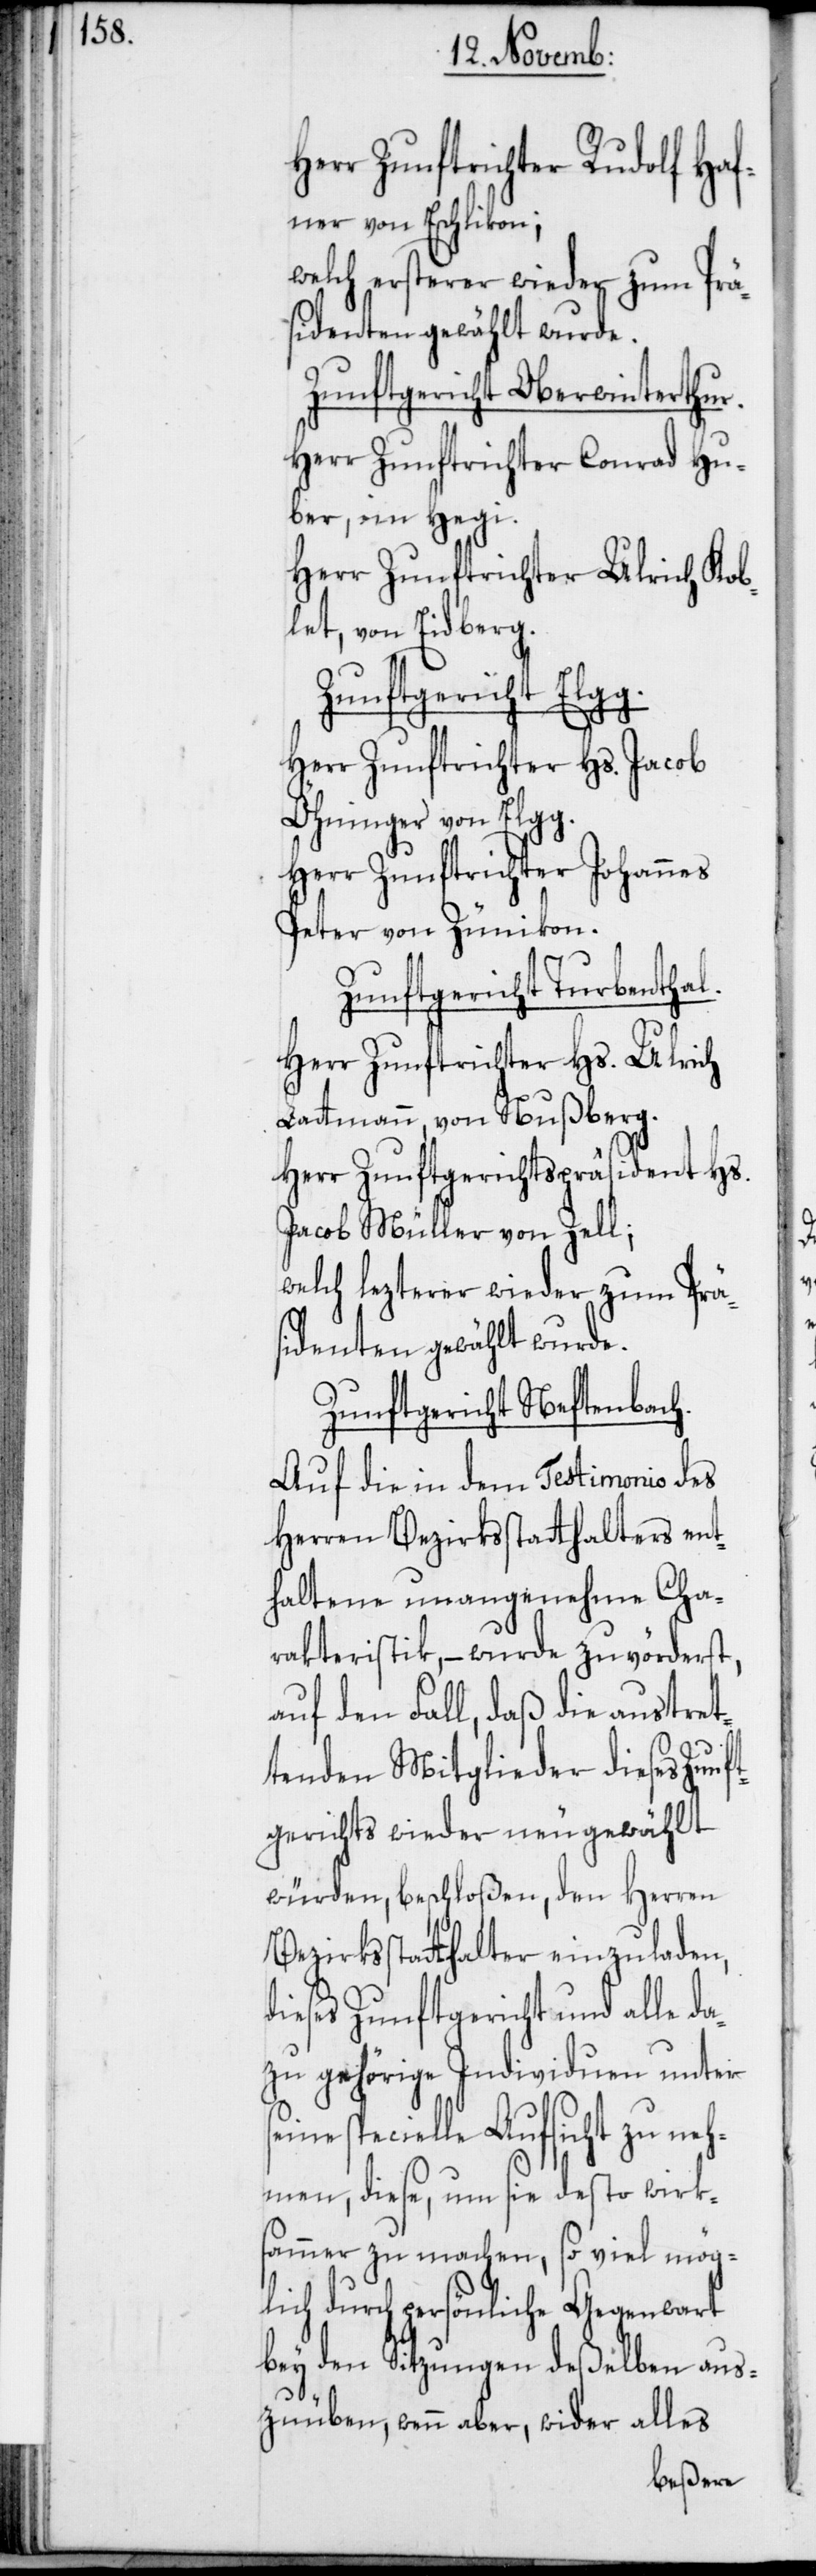
Herr Zunftrichter Rudolf Haf¬
ner von Eschlikon;
welch ersterer wieder zum Prä¬
sidenten gewählt wurde.
Zunftgericht Oberwinterthur.
Herr Zunftrichter Conrad Hu¬
ber, im Hegi.
Herr Zunftrichter Ulrich Kob¬
let, von Eidberg.
Zunftgericht Elgg.
Herr Zunftrichter Hs. Jacob
Öhninger von Elgg.
Herr Zunftrichter Johannes
Peter von Zünikon.
Zunftgericht Turbenthal.
Herr Zunftrichter Hs. Ulrich
Lattmann, von Nußberg.
Herr Zunftgerichtspräsident Hs.
Jacob Müller von Zell;
welch lezterer wieder zum Präs¬
identen gewählt wurde.
Zunftgericht Neftenbach.
Auf die in dem Testimonio des
Herren Bezirksstatthalters ent¬
haltene unangenehme Cha¬
rakteristik, – wurde zuvörderst,
auf den Fall, daß die austret¬
tenden Mitglieder dieses Zun¬
ftgerichts wieder neugewählt
würden, beschloßen, den Herren
Bezirksstatthalter einzuladen,
dieses Zunftgericht und alle da¬
zu gehörige Individuen unter
specielle Aufsicht zu neh¬
men, diese, um sie desto wirks¬
ammer zu machen, so viel mög¬
lich durch persönliche Gegenwart
bey den Sitzungen deßelben aus¬
zuüben, wenn aber, wider alles